Report on enteric fever
Disease focus: Fever
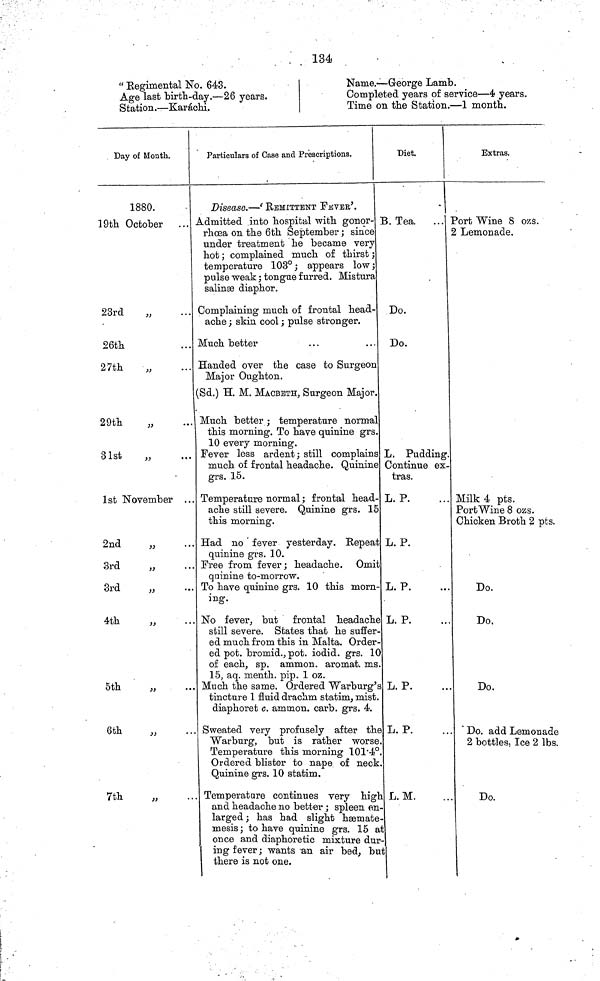
134
" Regimental No. 643.
Age last birth-day.—26 years.
Station.—Karáchi.
Name.—George Lamb.
Completed years of service—4 years.
Time on the Station.—1 month.
Day of Month.
1880.
19th October ...
23rd
26th
27th
29th
"
31st
1st November ...
2nd
"
3rd
3rd
"
4th
5th
6th
"
7th
Particulars of Case and Prescriptions.
Disease.—'REMITTENT FEVER'.
Admitted into hospital with gonqr-
rhœa on the 6th September ; since
under treatment he became very
hot ; complained much of thirst ;
temperature 103° ; appears low;
pulse weak ; tongue furred. Mistura
salinge diaphor.
Complaining much of frontal head-
ache ; skin cool ; pulse stronger.
Much better
Handed over the case to Surgeon
Major Oughton.
(Sd.) H. M. MACBETH, Surgeon Major.
Much better ; temperature normal
this morning. To have quinine grs.
10 every morning.
Fever less ardent; still complains
much of frontal headache. Quinine
grs. 15.
Temperature normal ; frontal head-
ache still severe. Quinine grs. 15
this morning.
Had no fever yesterday. Repeat
quinine grs. 10.
Free from fever; headache. Omit
quinine to-morrow.
To have quinine grs. 10 this morn-
ing.
No fever, but frontal headache
still severe. States that he suffer-
ed much from this in Malta. Order-
ed pot. bromid., pot. iodid. grs. 10
of each, sp. ammon. aromat. ms.
15, aq. menth. pip. 1 oz.
Much the same. Ordered Warburg's
tincture 1 fluid drachm statim, mist.
diaphoret c. ainrnon. carb. grs. 4.
Sweated very profusely after the
Warburg, but is rather worse.
Temperature this morning 101 4°.
Ordered blister to nape of neck.
Quinine grs. 10 statim.
Temperature continues very high
and headache no better ; spleen en-
larged ; has had slight hæmate-
mesis ; to have quinine grs. 15 a1
once and diaphoretic mixture dur-
ing fever; wants an air bed, bu
there is not one.
Diet.
B. Tea.
Do.
Do.
L. Pudding.
Continue ex-
tras.
L. P.
L. P.
L. P.
L. P.
L. P.
L. P.
L. M.
Extras.
Port Wine 8 ozs.
2 Lemonade.
Milk 4 pts.
Port Wine 8 ozs.
Chicken Broth 2 pts.
Do.
Do.
Do.
Do. add Lemonade
2 bottles, Ice 2 lbs.
Do.